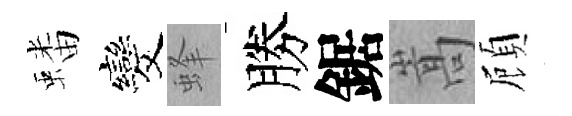
蟠发蜂勝鋸嵩頋